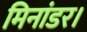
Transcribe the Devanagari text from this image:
मिनांडर।